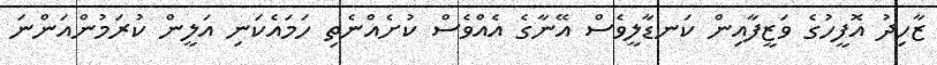
ޒާހިދު އޮފީހުގެ ވަޒީފާއިން ކަނޑާލީވެސް އޭނާގެ އެއްވެސް ކުށެއްނެތި ހަމައެކަނި އަލީން ކުރަމުންއަންނަ